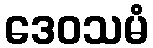
ဒေဝသမံ